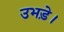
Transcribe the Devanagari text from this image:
उभड़े।